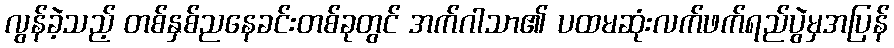
လွန်ခဲ့သည့် တစ်နှစ်ညနေခင်းတစ်ခုတွင် အက်ဂါသာ၏ ပထမဆုံးလက်ဖက်ရည်ပွဲမှအပြန်